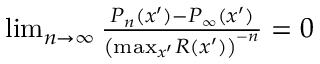
\begin{array} { r } { \operatorname* { l i m } _ { n \rightarrow \infty } \frac { P _ { n } ( x ^ { \prime } ) - P _ { \infty } ( x ^ { \prime } ) } { \left( \mathrm { m a x } _ { x ^ { \prime } } R ( x ^ { \prime } ) \right) ^ { - n } } = 0 } \end{array}